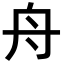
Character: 舟